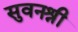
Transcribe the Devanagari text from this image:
सुवनश्री